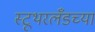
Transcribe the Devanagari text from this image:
स्टूथरलँडच्या